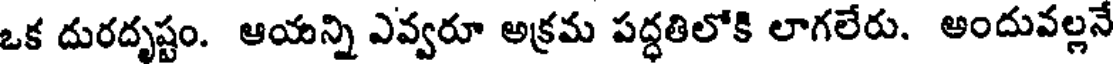
ఒక దురదృష్టం. ఆయన్ని ఎవ్వరూ అక్రమ పద్ధతిలోకి లాగలేరు. అందువల్లనే